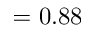
= 0 . 8 8